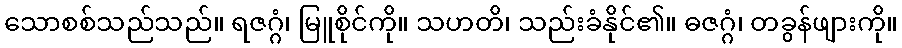
သောစစ်သည်သည်။ ရဇဂ္ဂံ၊ မြူစိုင်ကို။ သဟတိ၊ သည်းခံနိုင်၏။ ဓဇဂ္ဂံ၊ တခွန်ဖျားကို။